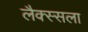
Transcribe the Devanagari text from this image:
लैक्स्सला